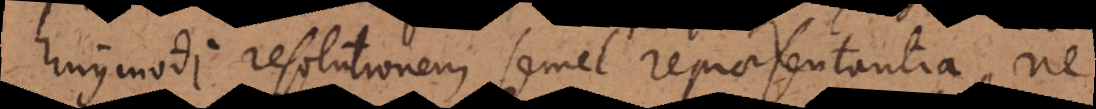
hujusmodi resolutionem semel repraesentantia, ne